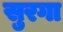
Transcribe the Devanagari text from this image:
सुरगा